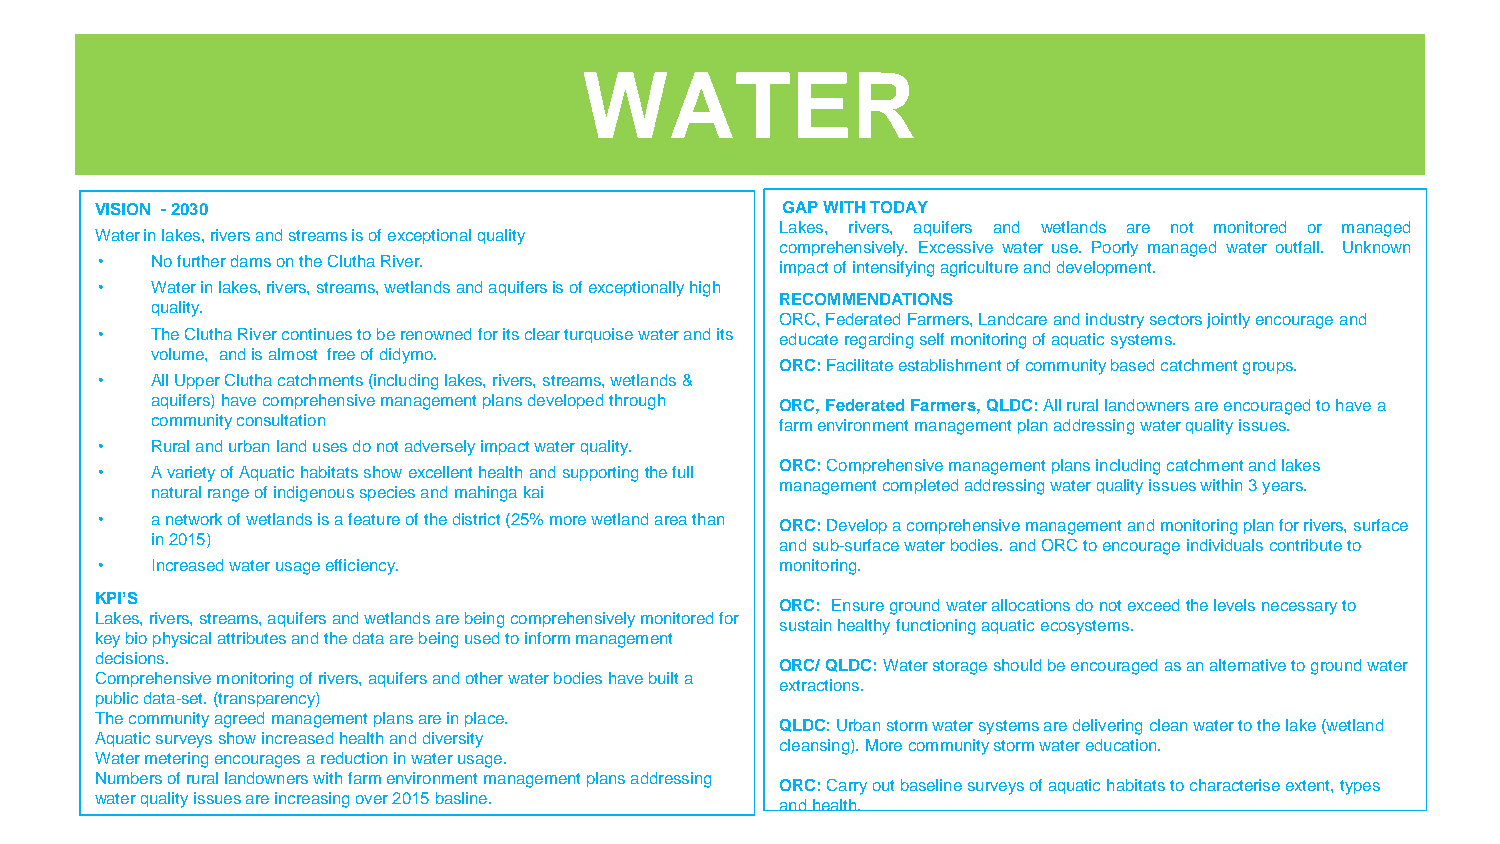
WATER
 VISION -2030                                  GAPWITHTODAY
 Lakes, rivers, aquifers and wetlands are not monitored or managed
 Water in lakes, rivers and streams is of exceptional quality
 comprehensively. Excessive water use. Poorly managed water outfall. Unknown
 •   No further dams on the Clutha River.      impactofintensifyingagricultureanddevelopment.
 •   Water in lakes, rivers, streams, wetlands and aquifers is of exceptionally high
 RECOMMENDATIONS
 quality.
 ORC, Federated Farmers, Landcareand industry sectors jointly encourage and
 •   The Clutha River continues to be renowned for its clear turquoise water and its educate regarding self monitoring of aquatic systems.
 volume, and is almost free of didymo.
 ORC: Facilitate establishment of community based catchment groups.
 •   All Upper Clutha catchments (including lakes, rivers, streams, wetlands &
 aquifers) have comprehensive management plans developed through ORC, Federated Farmers, QLDC: All rural landowners are encouraged to have a
 community consultation                    farm environment management plan addressing water quality issues.
 •   Rural and urban land uses do not adversely impact water quality.
 ORC: Comprehensive management plans including catchment and lakes
 •   A variety of Aquatic habitats show excellent health and supporting the full
 management completed addressing water quality issues within 3 years.
 natural range of indigenous species and mahingakai
 •   a network of wetlands is a feature of the district (25% more wetland area than ORC: Develop a comprehensive management and monitoring plan for rivers, surface
 in 2015)                                  and sub-surface water bodies. and ORC to encourage individuals contribute to
 •   Increased water usage efficiency.         monitoring.
 KPI’S
 ORC: Ensure ground water allocations do not exceed the levels necessary to
 Lakes, rivers, streams, aquifers and wetlands are being comprehensively monitored for
 sustain healthy functioning aquatic ecosystems.
 key bio physical attributes and the data are being used to inform management
 decisions.
 ORC/ QLDC: Water storage should be encouraged as an alternative to ground water
 Comprehensive monitoring of rivers, aquifers and other water bodies have built a
 extractions.
 public data-set. (transparency)
 The community agreed management plans are in place.
 QLDC: Urban storm water systems are delivering clean water to the lake (wetland
 Aquatic surveys show increased health and diversity
 cleansing). More community storm water education.
 Water metering encourages a reduction in water usage.
 Numbers of rural landowners with farm environment management plans addressing
 ORC: Carry out baseline surveys of aquatic habitats to characteriseextent, types
 water quality issues are increasing over 2015 basline.
 and health.